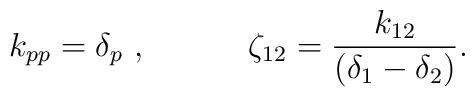
k_{pp} = \delta _p~,\hspace{.5in}\zeta _{12} = \frac{k_{12}}{(\delta _1 - \delta _2 )}.